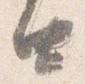
由